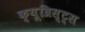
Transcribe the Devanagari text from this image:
क्यूब्रिस्ट्स